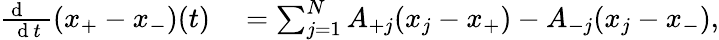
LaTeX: \begin{array}{rl}{\frac{\mathrm{~d~\, ~\, ~}}{\mathrm{~d~}t}(x_{+}-x_{-})(t)}&{{}=\sum_{j=1}^{N}A_{+j}(x_{j}-x_{+})-A_{-j}(x_{j}-x_{-}),}\end{array}